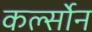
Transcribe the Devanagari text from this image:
कर्ल्सोन